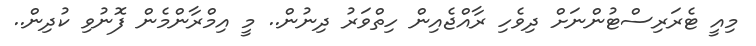
މިއީ ޓެރަރިސްޓުންނަށް ދިވެހި ރާއްޖެއިން ހިތްވަރު ދިނުން.. މީ އިމްރާންމެން ފޮނުވި ކުދިން..